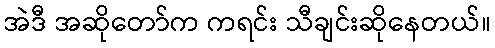
အဲဒီ အဆိုတော်က ကရင်း သီချင်းဆိုနေတယ်။